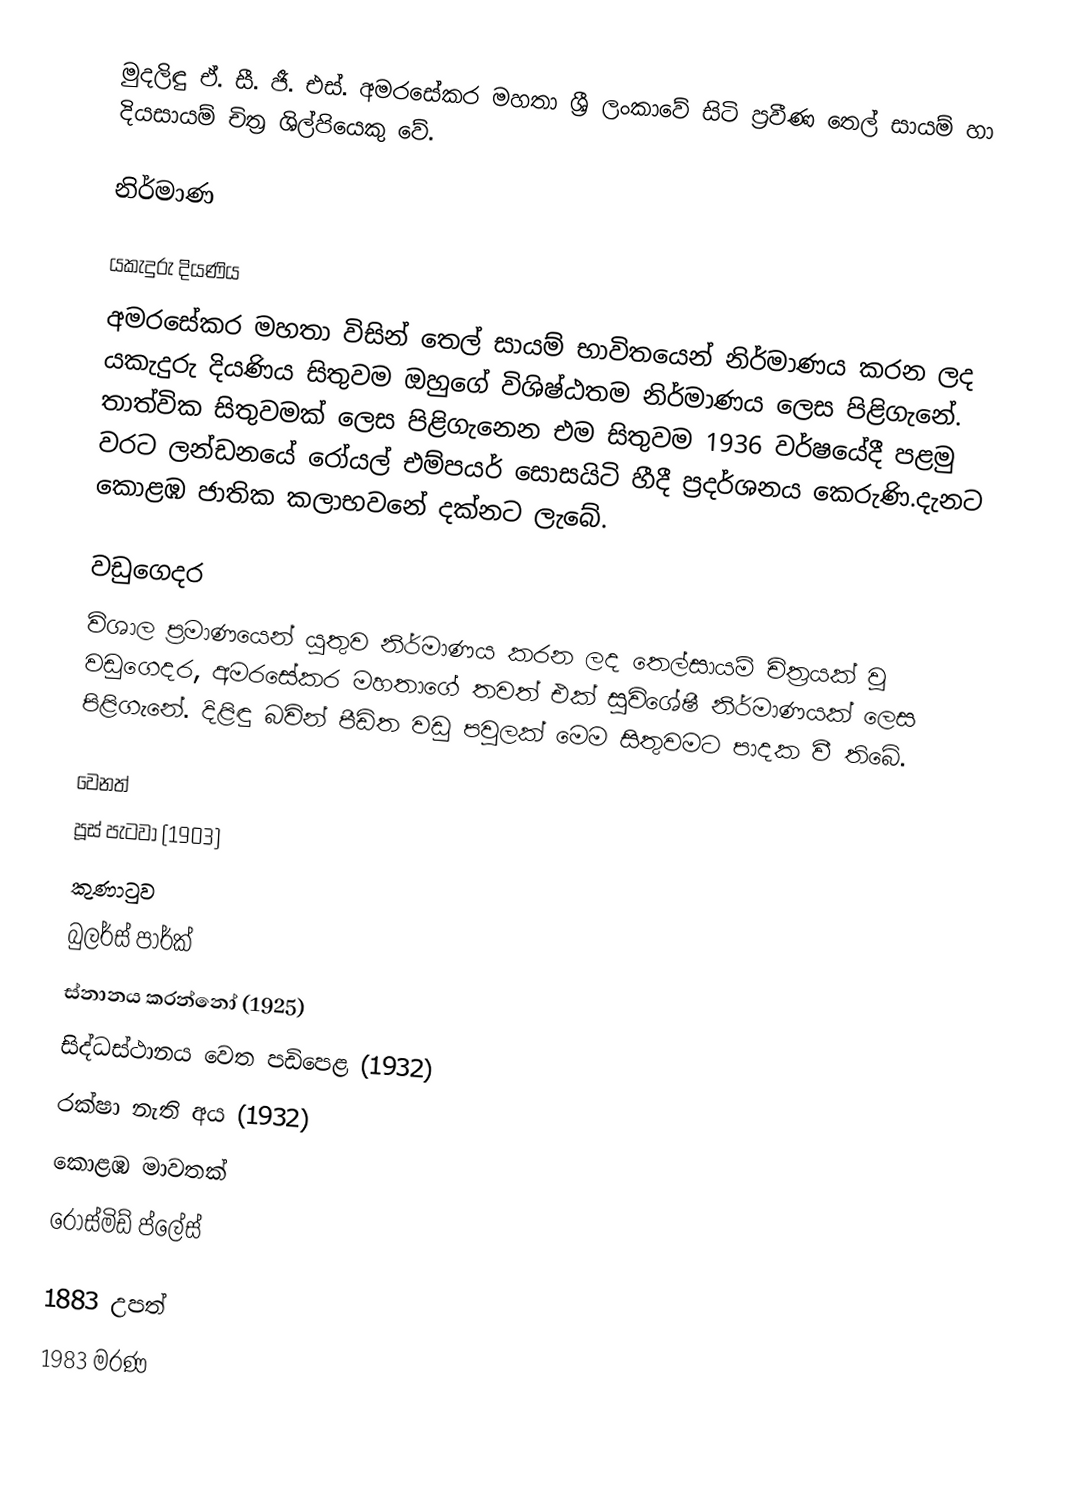
මුදලිඳු  ඒ. සී. ජී. එස්. අමරසේකර මහතා ශ්‍රී ලංකාවේ සිටි ප්‍රවීණ තෙල් සායම් හා දියසායම් චිත්‍ර ශිල්පියෙකු වේ.

නිර්මාණ

යකැදුරු දියණිය
අමරසේකර මහතා විසින් තෙල් සායම් භාවිතයෙන් නිර්මාණය කරන ලද යකැදුරු දියණිය සිතුවම ඔහුගේ විශිෂ්ඨතම නිර්මාණය ලෙස පිළිගැනේ. තාත්වික සිතුවමක් ලෙස පිළිගැනෙන එම සිතුවම 1936 වර්ෂයේදී පළමු වරට ලන්ඩනයේ රෝයල් එම්පයර් සොසයිටි හීදී ප්‍රදර්ශනය කෙරුණි.දැන‍ට කොළඹ ජාතික කලාභවනේ දක්නට ලැබේ.

වඩුගෙදර
විශාල ප්‍රමාණයෙන් යුතුව නිර්මාණය කරන ලද තෙල්සායම් චිත්‍රයක් වූ වඩුගෙදර, අමරසේකර මහතාගේ තවත් එක් සුවිශේෂී නිර්මාණයක් ලෙස පිළිගැනේ. දිළිඳු බවින් පීඩිත වඩු පවුලක් මෙම සිතුවමට පාදක වී තිබේ.

වෙනත්
පූස් පැටවා (1903)
කුණාටුව
බුලර්ස් පාර්ක්
ස්නානය කරන්නෝ (1925)
සිද්ධස්ථානය වෙත පඩිපෙළ (1932)
රක්ෂා නැති අය (1932)
කොළඹ මාවතක්
රොස්මිඩ් ප්ලේස්

1883 උපත්
1983 මරණ